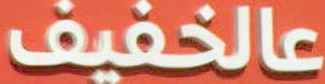
عالخفيف